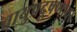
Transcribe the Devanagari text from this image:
वायुप्रदूषणावर